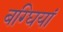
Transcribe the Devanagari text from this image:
बग्घियां